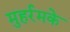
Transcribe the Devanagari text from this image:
मुहर्रमके